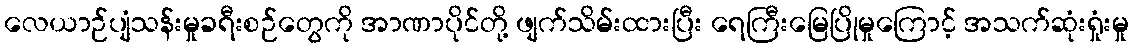
လေယာဉ်ပျံသန်းမှုခရီးစဉ်တွေကို အာဏာပိုင်တို့ ဖျက်သိမ်းထားပြီး ရေကြီးမြေပြိုမှုကြောင့် အသက်ဆုံးရှုံးမှု